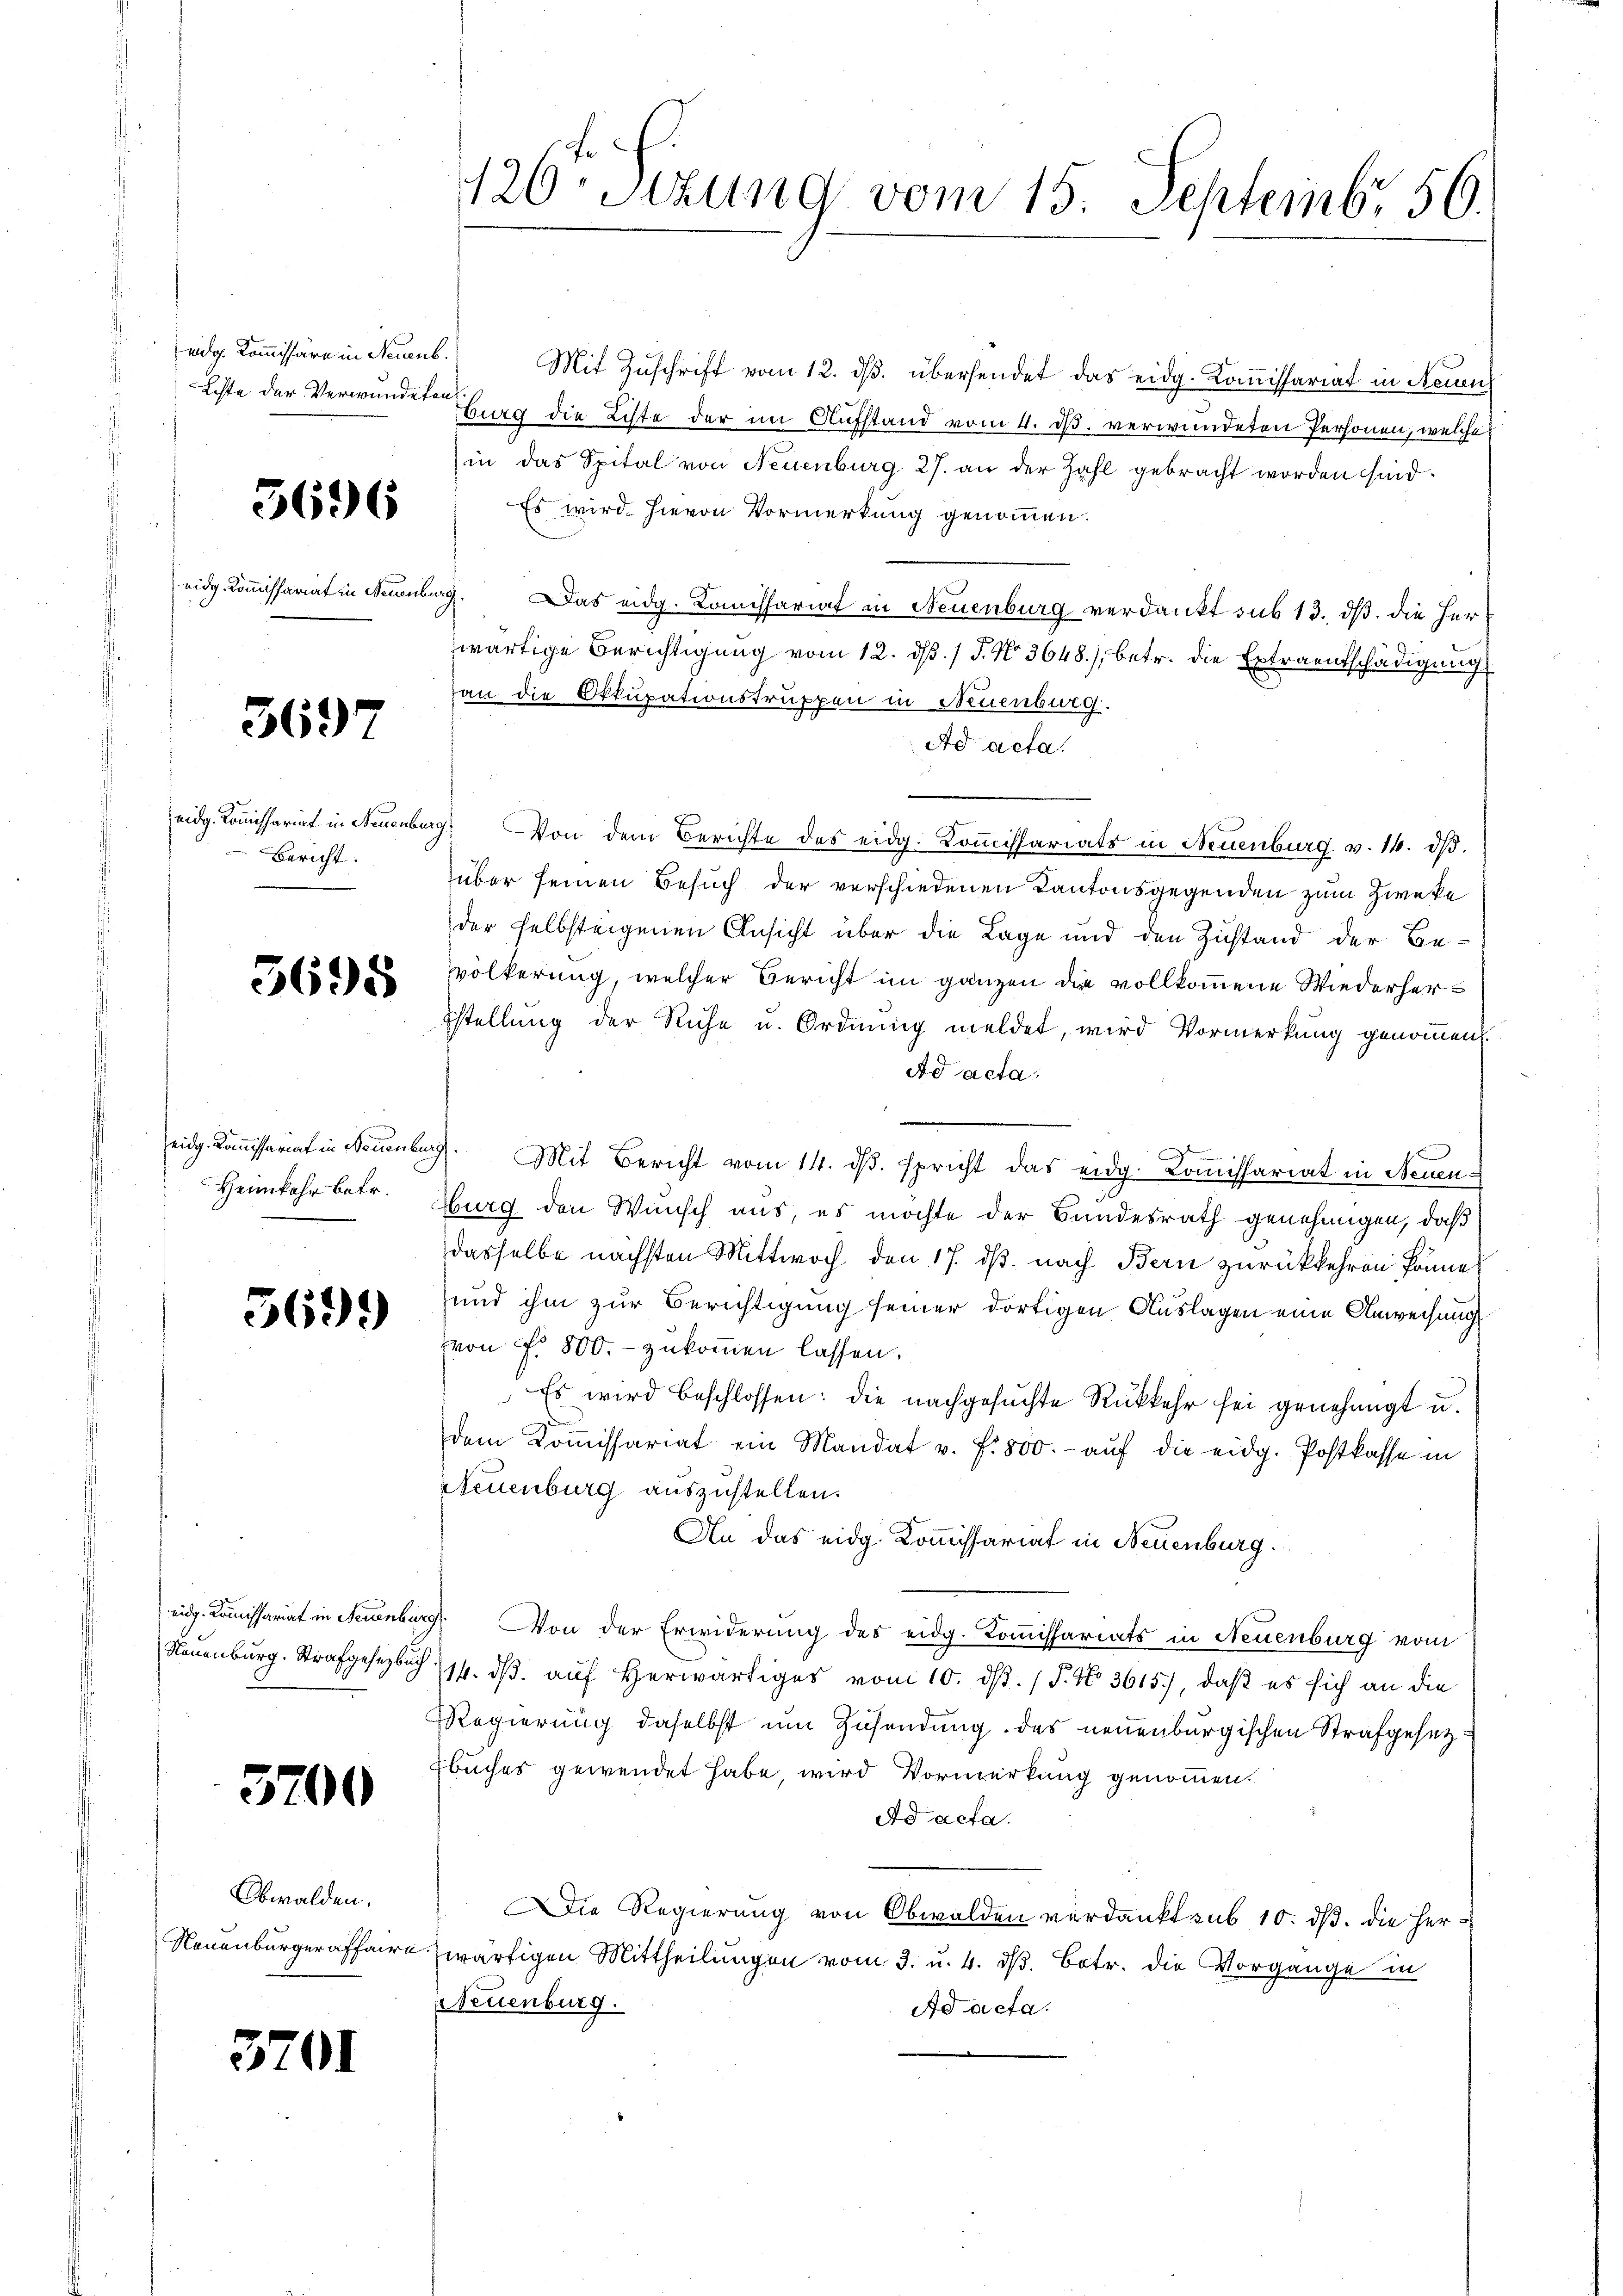
5696

3697

Bericht:

5695

Heimkehr betr.

569)

3700

Obwalden.
Neuenburgeraffaire

3701

120t Sezung vom 15. Septembr. 56.

eidg. Kommissäre in Neuenb. Mit Zuschrift vom 12. dβ übersendet das eidg. Koṁissariat in Neuen
Liste der Verwundeten burg die Liste der im Aufstand vom 4. ds. verwundeten Personen, welche
in das Spital von Neuenburg 27. an der Zahl gebracht worden sind.
Es wird hievon Vormerkung genommen.
eidg. Kommissariat in Neuenburg. Das eidg. Komissariat in Neuenburg verdankt sub 13. ds. die Herwärtige Berichtigung vom 12. ds. / J. No. 3648), betr. die Extraentschädigung
an die Okkupationstruppen in Neuenburg.
Ad acta.
eidg. Kommissariat in Neuenburg. Von dem Berichte des eidg. Kommissariats in Neuenburg v. 14. dβ.
über seinen Besuch der verschiedenen Kantonsgegenden zum Zweke
der selbsteigenen Ansicht über die Lage und den Zustand der Bevölkerung, welcher Bericht im ganzen die vollkommene Wiederherstellung der Ruhe u. Ordnung meldet, wird Vormerkung genommen.
ad acta.
—
d
eidg. Kommissariat in Neuenburg. Mit Bericht vom 14. dβ. spricht das eidg. Koṁissariat in Neuen-
burg den Wunsch aus, es möchte der Bundesrath genehmigen, daß
dasselbe nächsten Mittwoch den 17. ds. nach Bern zurückkehren könne
und ihm zur Berichtigung seiner dortigen Auslagen eine Anweisung
von F. 800.- zukommen lassen.
Es wird beschlossen: die nachgesuchte Rückkehr sei genehmigt u.
dem Koṁissariat ein Mandat v. f. 800.- aŭf die eidg. Postkasse in
Steuenburg auszustellen.
An das eidg. Kommissariat in Neuenburg.
eidg. Kommissariat in Neuenburg. Von der Erwiderung des eidg. Kommissariats in Neuenburg vom
Neuenburg. Strafgesetzbuch 14. dβ aŭf herwärtiges vom 10. dβ. / 5. No. 3615), daß es sich an die
Regierung daselbst um Zusendung des neuenburgischen Strafgesetz¬
Ebuches gewendet habe, wird Vormerkung genommen.
Ad acta.
Die Regierung von Obwalden verdankt sub 10. ds. die Herwärtigen Mittheilungen vom 3. u. 4. d. Betr. die Vorgange in
Neuenburg.
Ad acta.